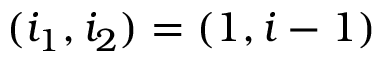
( i _ { 1 } , i _ { 2 } ) = ( 1 , i - 1 )